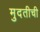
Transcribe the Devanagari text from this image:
मुदतीची